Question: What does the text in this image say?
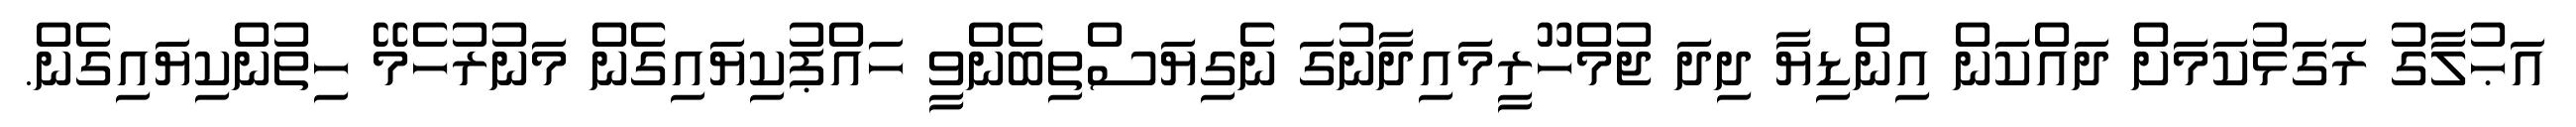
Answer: އަޙުލާގު ރަގަޅުކަމަށް ދައްކަން އިންޑިޔާ ދިދަ ޖުމްހޫރީމައިދާނުގަ ނެގިޔަސްތިބެންވީ ހައްޕުކިޔައިގެން މަނުރުހެމޭ ހިތުންކިޔައިގެން.